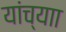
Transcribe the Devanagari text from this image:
यांच्याा